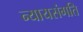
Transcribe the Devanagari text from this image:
न्यायसंगति